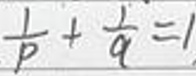
\frac{1}{p}+\frac{1}{q}=1